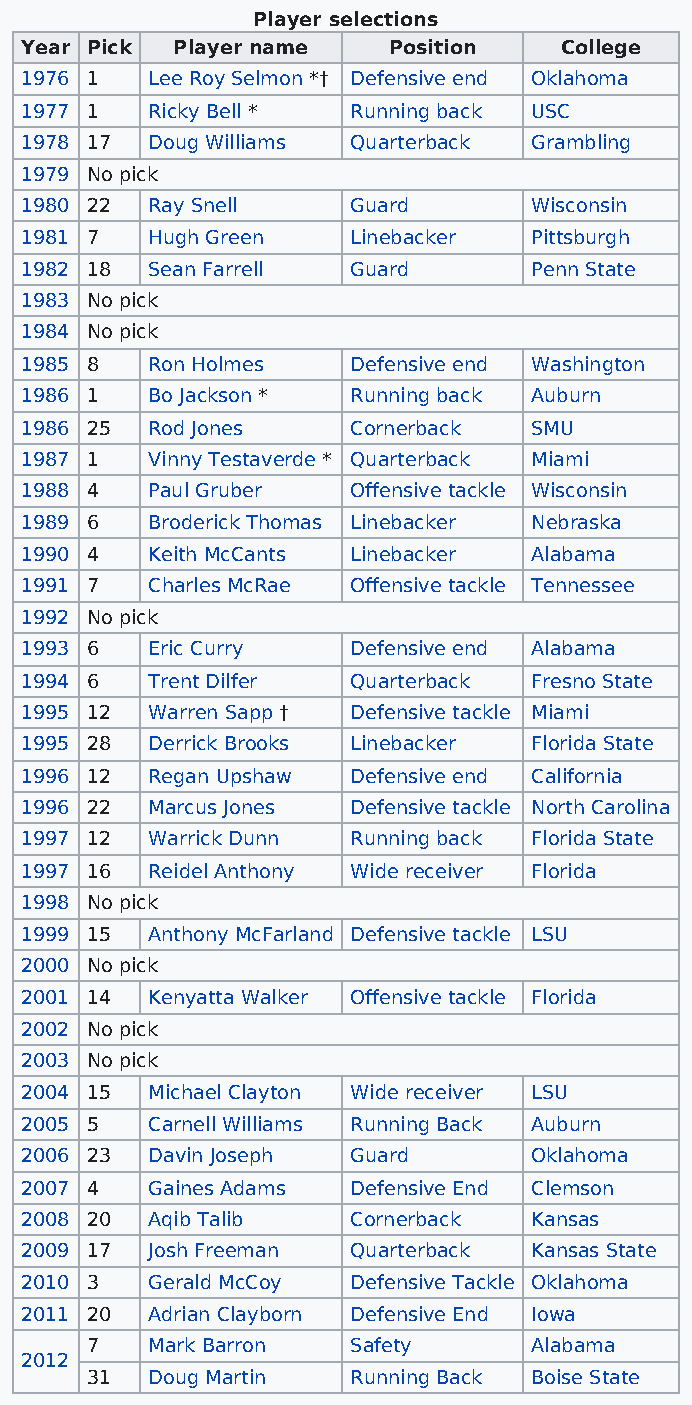
Player selections
 Year Pick Player name    Position   College
 1976 1   Lee Roy Selmon *† Defensive end Oklahoma
 1977 1   Ricky Bell * Running back USC
 1978 17  Doug Williams Quarterback Grambling
 1979 No pick
 1980 22  Ray Snell    Guard       Wisconsin
 1981 7   Hugh Green   Linebacker  Pittsburgh
 1982 18  Sean Farrell Guard       Penn State
 1983 No pick
 1984 No pick
 1985 8   Ron Holmes   Defensive end Washington
 1986 1   Bo Jackson * Running back Auburn
 1986 25  Rod Jones    Cornerback  SMU
 1987 1   Vinny Testaverde * Quarterback Miami
 1988 4   Paul Gruber  Offensive tackle Wisconsin
 1989 6   Broderick Thomas Linebacker Nebraska
 1990 4   Keith McCants Linebacker Alabama
 1991 7   Charles McRae Offensive tackle Tennessee
 1992 No pick
 1993 6   Eric Curry   Defensive end Alabama
 1994 6   Trent Dilfer Quarterback Fresno State
 1995 12  Warren Sapp † Defensive tackle Miami
 1995 28  Derrick Brooks Linebacker Florida State
 1996 12  Regan Upshaw Defensive end California
 1996 22  Marcus Jones Defensive tackle North Carolina
 1997 12  Warrick Dunn Running back Florida State
 1997 16  Reidel Anthony Wide receiver Florida
 1998 No pick
 1999 15  Anthony McFarland Defensive tackle LSU
 2000 No pick
 2001 14  Kenyatta Walker Offensive tackle Florida
 2002 No pick
 2003 No pick
 2004 15  Michael Clayton Wide receiver LSU
 2005 5   Carnell Williams Running Back Auburn
 2006 23  Davin Joseph Guard       Oklahoma
 2007 4   Gaines Adams Defensive End Clemson
 2008 20  Aqib Talib   Cornerback  Kansas
 2009 17  Josh Freeman Quarterback Kansas State
 2010 3   Gerald McCoy Defensive Tackle Oklahoma
 2011 20  Adrian Clayborn Defensive End Iowa
 7   Mark Barron  Safety      Alabama
 2012
 31  Doug Martin  Running Back Boise State